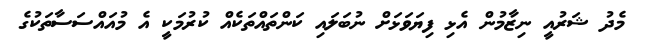
މެދު ޝަރުއީ ނިޒާމުން އެޅި ފިޔަވަޅަށް ނުބަލައި ކަންތައްތަކެއް ކުރުމަކީ އެ މުއައްސަސާތަކުގެ